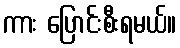
ကား ပြောင်းစီးရမယ်။